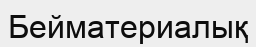
Бейматериалық